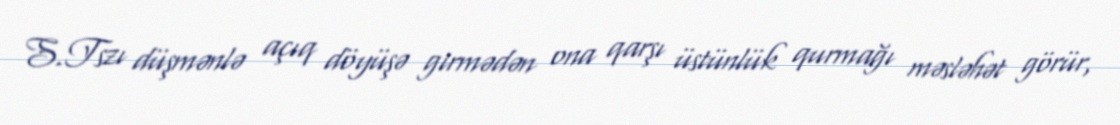
S.Tszı düşmənlə açıq döyüşə girmədən ona qarşı üstünlük qurmağı məsləhət görür,